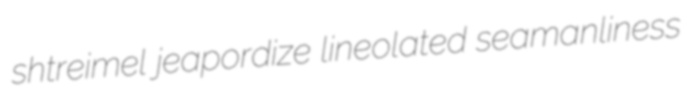
shtreimel jeapordize lineolated seamanliness